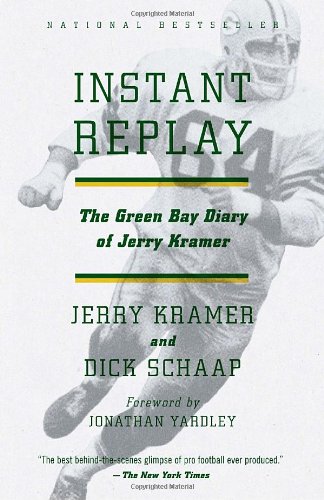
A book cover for Instant Replay: The Green Bay Diary of Jerry Kramer; Gerald L. Kramer; Biographies & Memoirs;